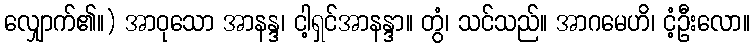
လျှောက်၏။) အာဝုသော အာနန္ဒ၊ ငါ့ရှင်အာနန္ဒာ။ တွံ၊ သင်သည်။ အာဂမေဟိ၊ ငံ့ဦးလော။